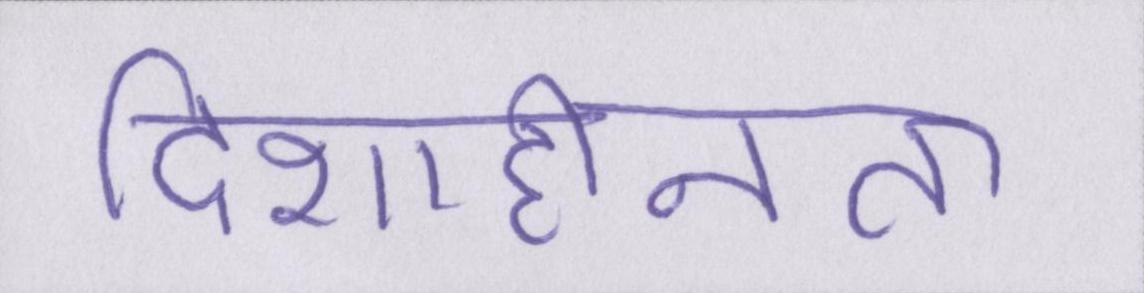
दिशाहीनता